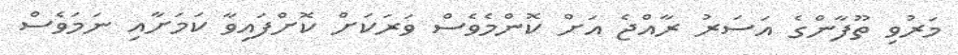
މަރުވި ތޫފާންގެ އަސަރު ރާއްޖެ އަށް ކޮންމެވެސް ވަރަކަށް ކޮށްފައިވާ ކަމަށާއި ނަމަވެސް